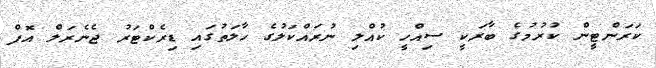
ކަރަންޓީން ކުރުމުގެ ބާރަކީ ސިއްހީ ކުއްލި ނުރައްކަލުގެ ހާލަތުގައި ޑިރެކްޓަރު ޖެނެރަލް އޮފް